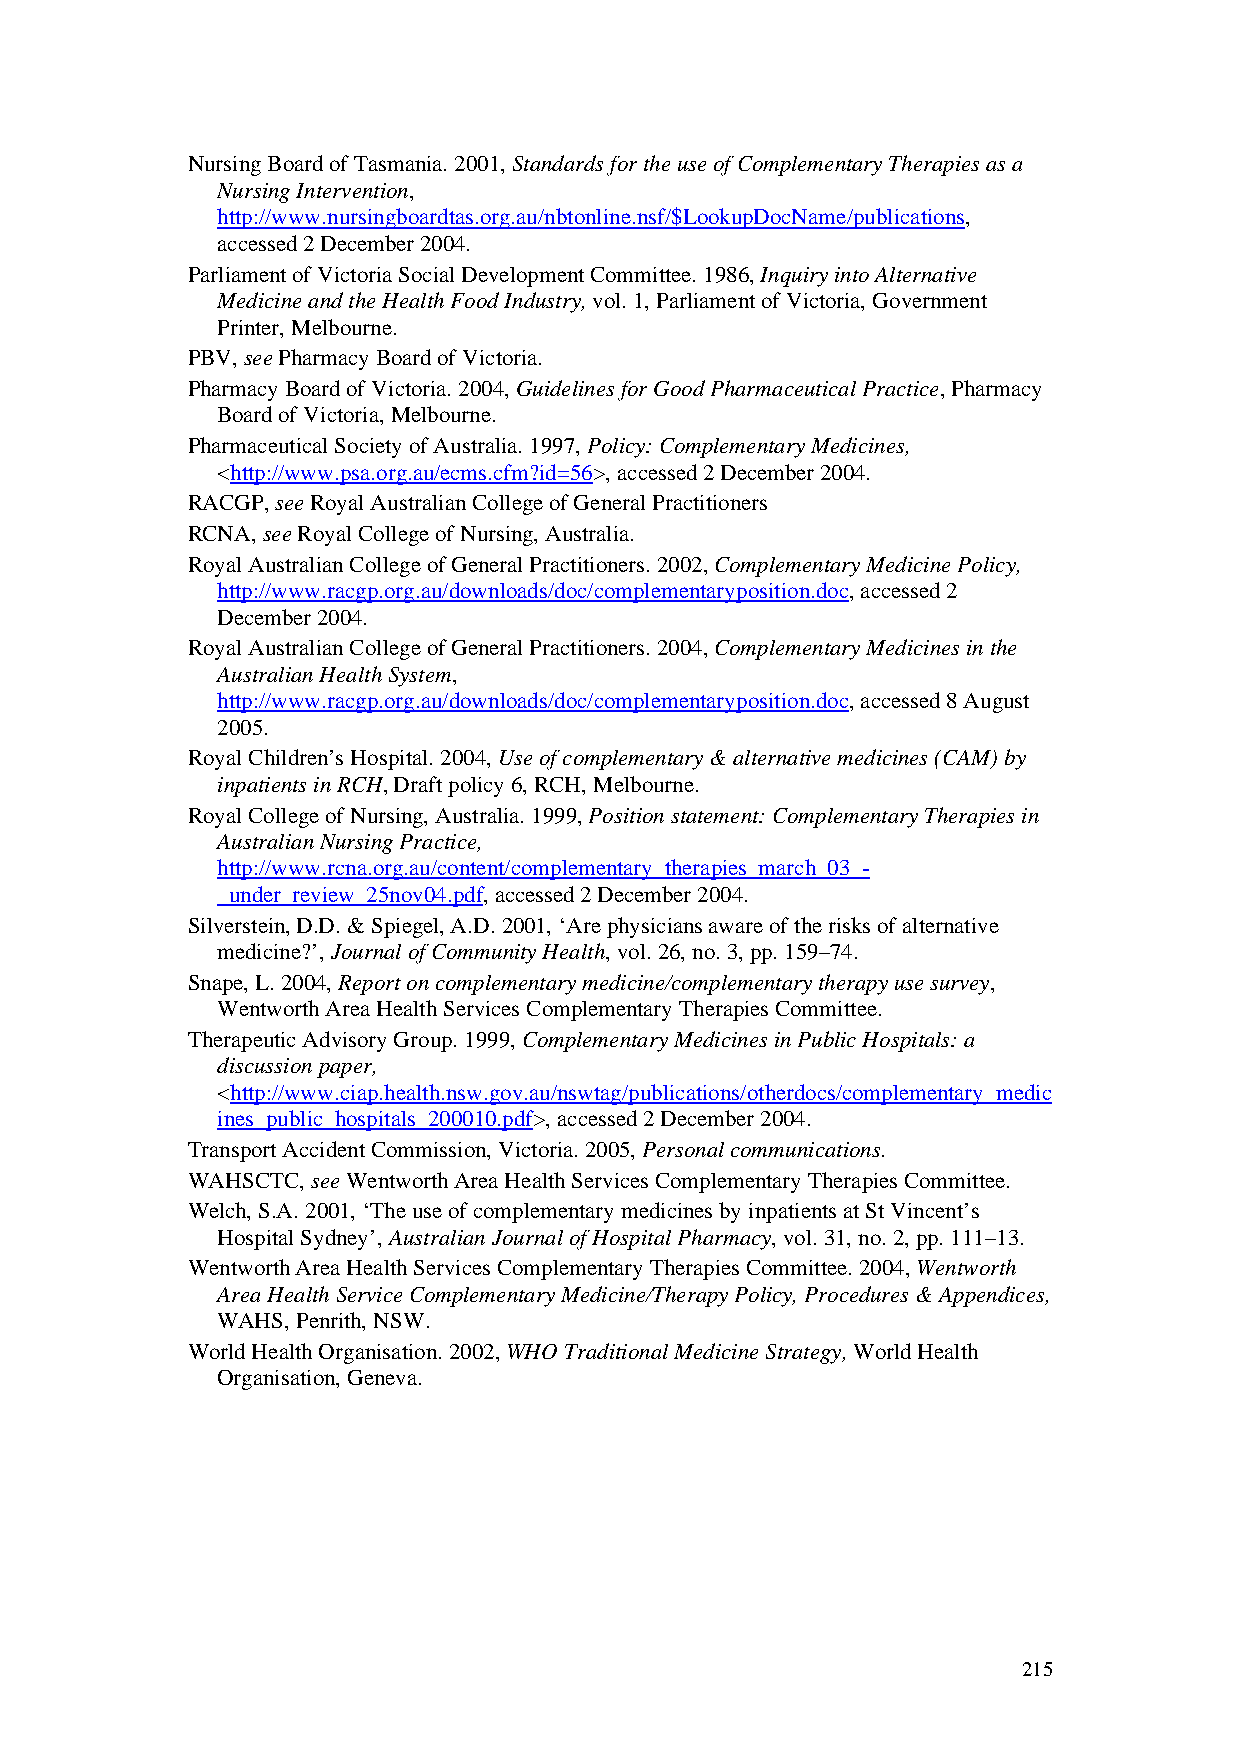
Nursing Board of Tasmania. 2001, Standards for the use of Complementary Therapies as a
 Nursing Intervention,
 http://www.nursingboardtas.org.au/nbtonline.nsf/$LookupDocName/publications,
 accessed 2 December 2004.
 Parliament of Victoria Social Development Committee. 1986, Inquiry into Alternative
 Medicine and the Health Food Industry, vol. 1, Parliament of Victoria, Government
 Printer, Melbourne.
 PBV, see Pharmacy Board of Victoria.
 Pharmacy Board of Victoria. 2004, Guidelines for Good Pharmaceutical Practice, Pharmacy
 Board of Victoria, Melbourne.
 Pharmaceutical Society of Australia. 1997, Policy: Complementary Medicines,
 <http://www.psa.org.au/ecms.cfm?id=56>, accessed 2 December 2004.
 RACGP, see Royal Australian College of General Practitioners
 RCNA, see Royal College of Nursing, Australia.
 Royal Australian College of General Practitioners. 2002, Complementary Medicine Policy,
 http://www.racgp.org.au/downloads/doc/complementaryposition.doc, accessed 2
 December 2004.
 Royal Australian College of General Practitioners. 2004, Complementary Medicines in the
 Australian Health System,
 http://www.racgp.org.au/downloads/doc/complementaryposition.doc, accessed 8 August
 2005.
 Royal Children’s Hospital. 2004, Use of complementary & alternative medicines (CAM) by
 inpatients in RCH, Draft policy 6, RCH, Melbourne.
 Royal College of Nursing, Australia. 1999, Position statement: Complementary Therapies in
 Australian Nursing Practice,
 http://www.rcna.org.au/content/complementary_therapies_march_03_-
 _under_review_25nov04.pdf, accessed 2 December 2004.
 Silverstein, D.D. & Spiegel, A.D. 2001, ‘Are physicians aware of the risks of alternative
 medicine?’, Journal of Community Health, vol. 26, no. 3, pp. 159–74.
 Snape, L. 2004, Report on complementary medicine/complementary therapy use survey,
 Wentworth Area Health Services Complementary Therapies Committee.
 Therapeutic Advisory Group. 1999, Complementary Medicines in Public Hospitals: a
 discussion paper,
 <http://www.ciap.health.nsw.gov.au/nswtag/publications/otherdocs/complementary_medic
 ines_public_hospitals_200010.pdf>, accessed 2 December 2004.
 Transport Accident Commission, Victoria. 2005, Personal communications.
 WAHSCTC, see Wentworth Area Health Services Complementary Therapies Committee.
 Welch, S.A. 2001, ‘The use of complementary medicines by inpatients at St Vincent’s
 Hospital Sydney’, Australian Journal of Hospital Pharmacy, vol. 31, no. 2, pp. 111–13.
 Wentworth Area Health Services Complementary Therapies Committee. 2004, Wentworth
 Area Health Service Complementary Medicine/Therapy Policy, Procedures & Appendices,
 WAHS, Penrith, NSW.
 World Health Organisation. 2002, WHO Traditional Medicine Strategy, World Health
 Organisation, Geneva.
 215